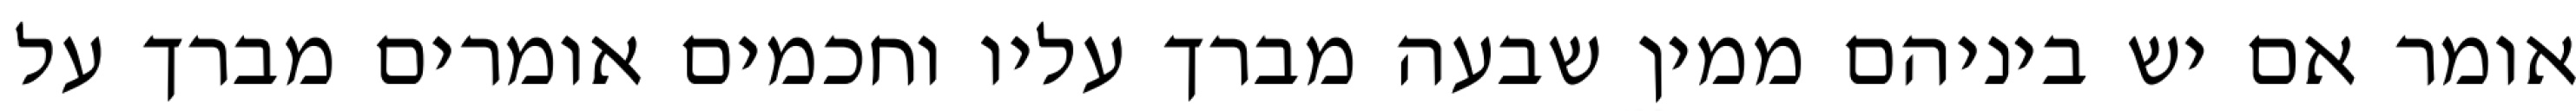
אומר אם יש ביניהם ממין שבעה מברך עליו וחכמים אומרים מברך על